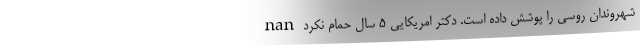
شهروندان روسی را پوشش داده است. دکتر امریکایی 5 سال حمام نکرد nan